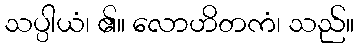
သပ္ပါယံ၊ ၏။ လောဟိတကံ၊ သည်။